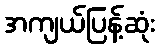
အကျယ်ပြန့်ဆုံး